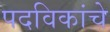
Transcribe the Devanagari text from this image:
पदविकांचे